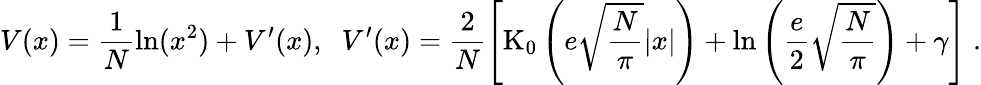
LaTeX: V(x)=\frac{1}{N}\ln(x^{2})+V^{\prime}(x),\; \; V^{\prime}(x)=\frac{2}{N}\left[\mathrm{K}_{0}\left(e\sqrt{\frac{N}{\pi}}|x|\right)+\ln\left(\frac{e}{2}\sqrt{\frac{N}{\pi}}\right)+\gamma\right]\; .